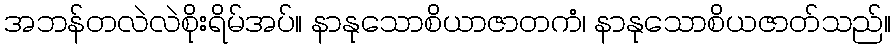
အဘန်တလဲလဲစိုးရိမ်အပ်။ နာနုသောစိယာဇာတကံ၊ နာနုသောစိယဇာတ်သည်။